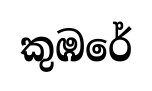
කුඹරේ